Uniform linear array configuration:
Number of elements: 8
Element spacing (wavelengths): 0.5
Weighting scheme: hann
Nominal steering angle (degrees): -45
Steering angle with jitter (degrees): -45.657
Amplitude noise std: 0.05
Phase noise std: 0.05

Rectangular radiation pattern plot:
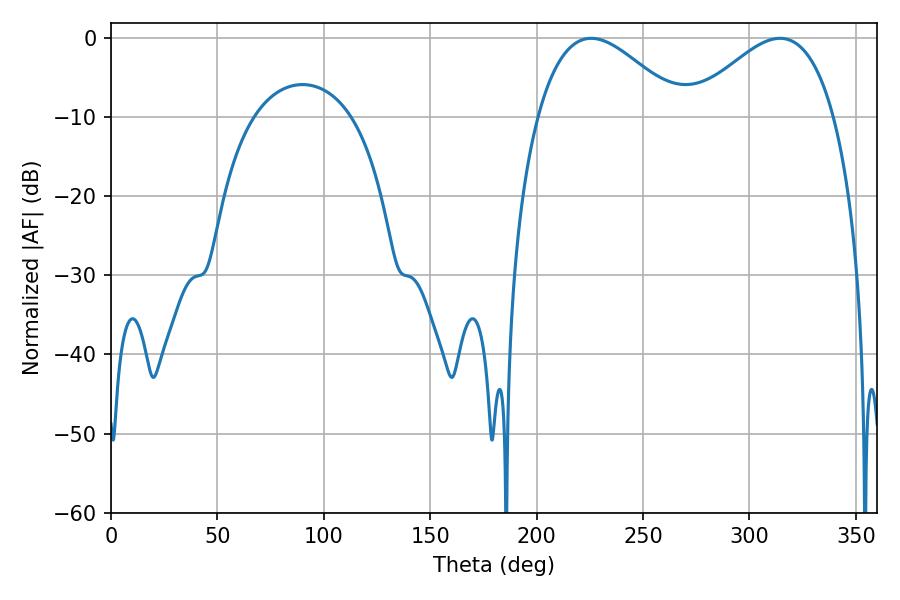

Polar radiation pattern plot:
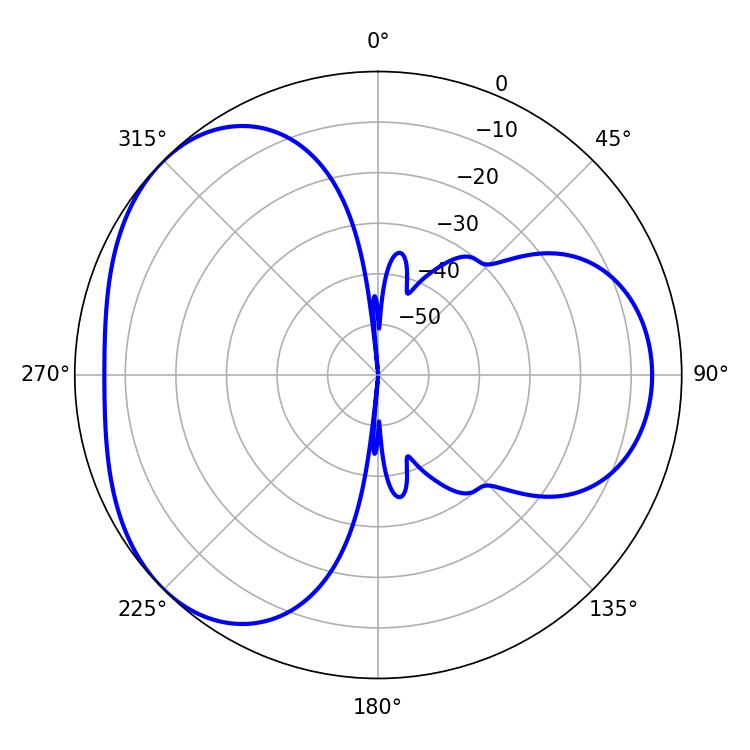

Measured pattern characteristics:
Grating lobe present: FALSE
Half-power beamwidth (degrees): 36.72
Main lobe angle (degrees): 225.72